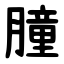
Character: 膧